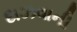
દાઝવાની